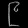
Digit: ၉